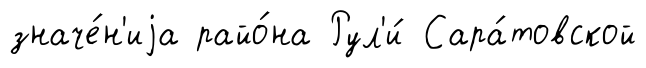
значе́н'иjа райо́на Рул'и́ Сара́товской